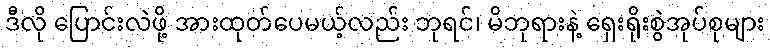
ဒီလို ပြောင်းလဲဖို့ အားထုတ်ပေမယ့်လည်း ဘုရင်၊ မိဘုရားနဲ့ ရှေးရိုးစွဲအုပ်စုများ